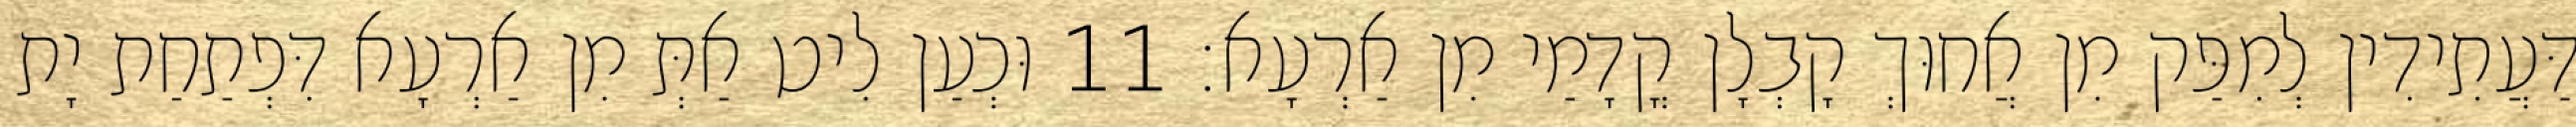
דַּעֲתִידִין לְמִפַּק מִן אֲחוּךְ קָבְלָן קֳדָמַי מִן אַרְעָא׃ 11 וּכְעַן לִיט אַתְּ מִן אַרְעָא דִּפְתַחַת יָת